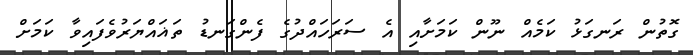
ގޮތުން ރަނގަޅު ކަމެއް ނޫން ކަމަށާއި އެ ސަރަހައްދުގެ ފެންގަނޑު ތަޣައްޔަރުވެފައިވާ ކަމަށް